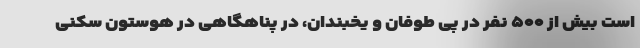
است بیش از ۵۰۰ نفر در پی طوفان و یخبندان، در پناهگاهی در هوستون سکنی